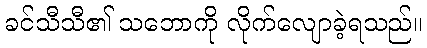
ခင်သီသီ၏ သဘောကို လိုက်လျောခဲ့ရသည်။